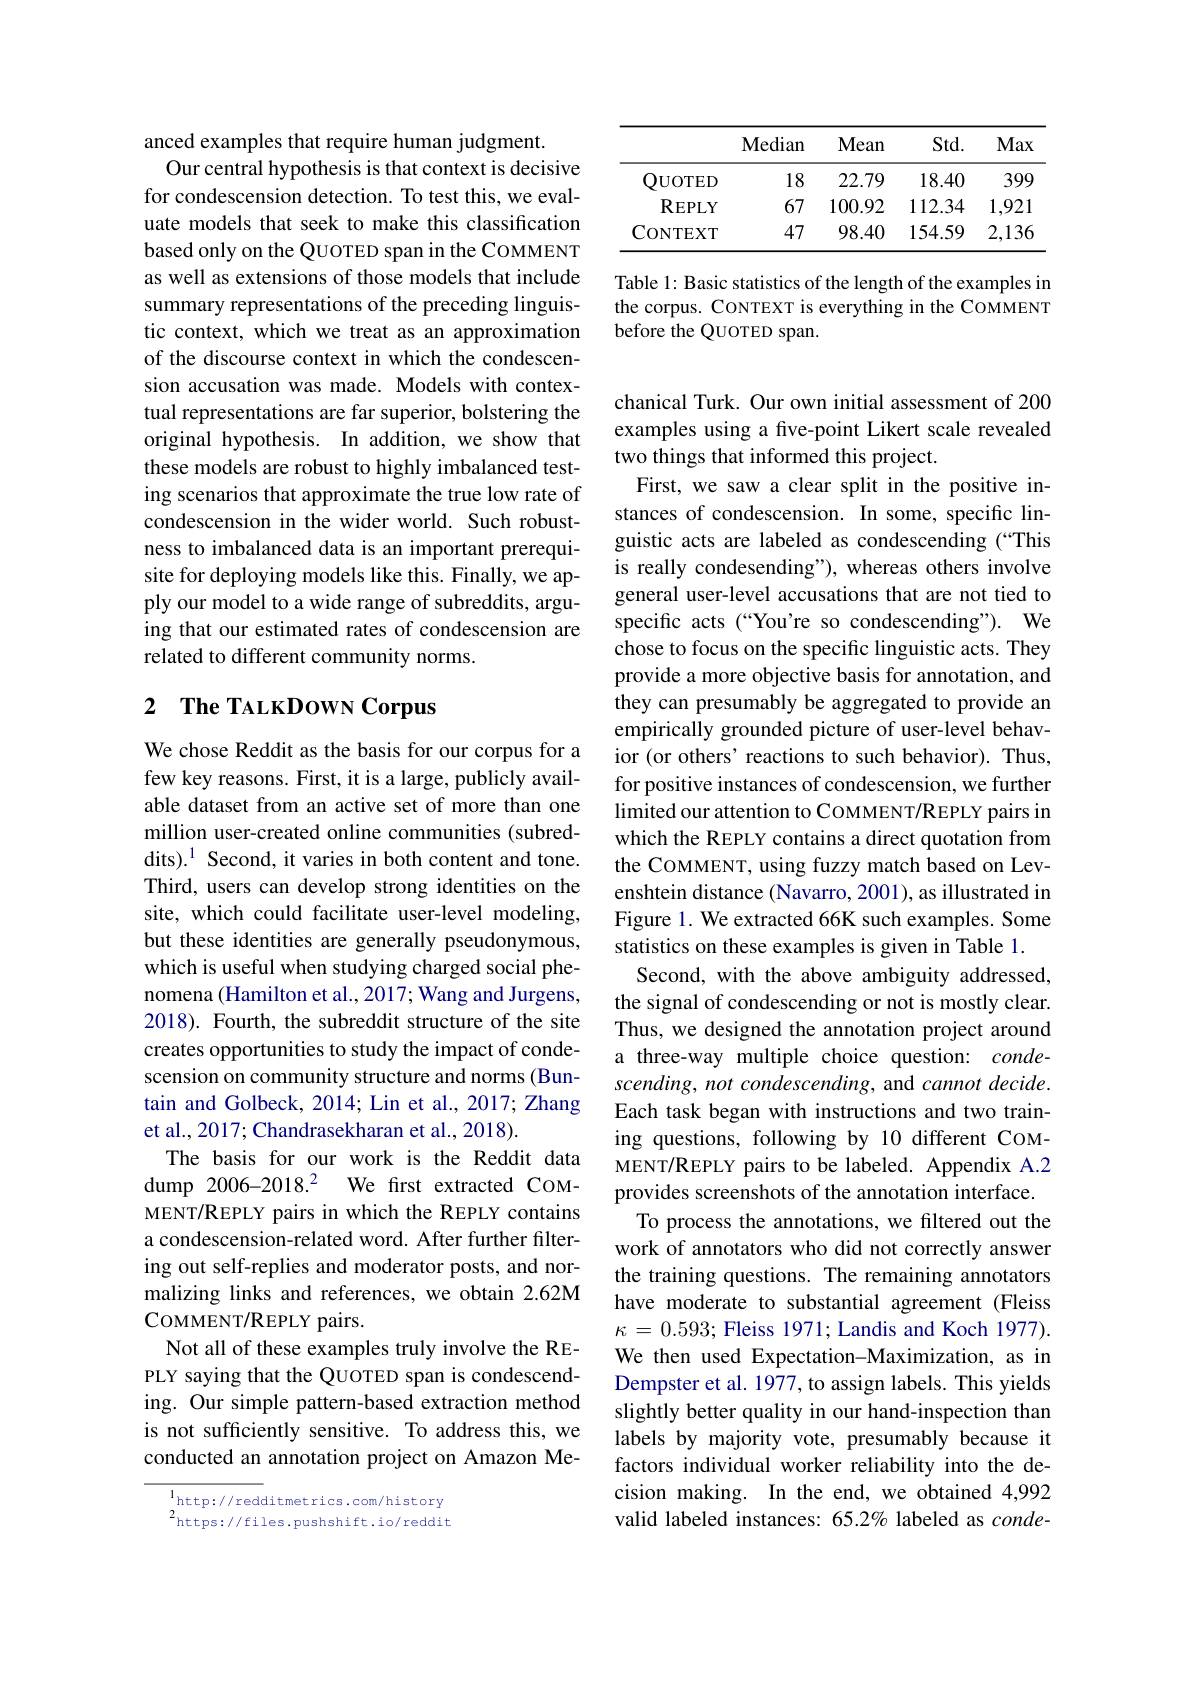
anced examples that require human judgment.
Our central hypothesis is that context is decisive for condescension detection. To test this, we evaluate models that seek to make this classification based only on the QUOTED span in the COMMENT as well as extensions of those models that include summary representations of the preceding linguistic context, which we treat as an approximation of the discourse context in which the condescension accusation was made. Models with contextual representations are far superior, bolstering the original hypothesis. In addition, we show that these models are robust to highly imbalanced testing scenarios that approximate the true low rate of condescension in the wider world. Such robustness to imbalanced data is an important prerequisite for deploying models like this. Finally, we apply our model to a wide range of subreddits, arguing that our estimated rates of condescension are related to different community norms.

# 2 The TALKDowN Corpus

We chose Reddit as the basis for our corpus for a few key reasons. First, it is a large, publicly available dataset from an active set of more than one million user-created online communities (subreddits).$^1$ Second, it varies in both content and tone. Third, users can develop strong identities on the site, which could facilitate user-level modeling, but these identities are generally pseudonymous, which is useful when studying charged social phenomena (Hamilton et al., 2017; Wang and Jurgens, 2018). Fourth, the subreddit structure of the site creates opportunities to study the impact of condescension on community structure and norms (Buntain and Golbeck, 2014; Lin et al., 2017; Zhang et al., 2017; Chandrasekharan et al., 2018).
The basis for our work is the Reddit data dump 2006-2018.2 We first extracted COMMENT/REPLY pairs in which the REPLY contains a condescension-related word. After further filtering out self-replies and moderator posts, and normalizing links and references, we obtain 2.62M COMMENT/REPLY pairs.
Not all of these examples truly involve the REPLY saying that the QUOTED span is condescending. Our simple pattern-based extraction method is not sufficiently sensitive. To address this, we conducted an annotation project on Amazon Me-

$\overset{1}{\operatorname*{\operatorname*{,}}}$http://redditmetrics.com/history $^{2}$https://files.pushshift.io/reddit

<table>
	<tbody>
		<tr>
			<th> </th>
			<th>Median</th>
			<th>Mean</th>
			<th>$Std.$</th>
			<th>Max</th>
		</tr>
		<tr>
			<td>QUOTED</td>
			<td>18</td>
			<td>22.79</td>
			<td>18.40</td>
			<td>399</td>
		</tr>
		<tr>
			<td>$\mathbf{R}_{\mathrm{EPLY}}$</td>
			<td>67</td>
			<td>100.92</td>
			<td>112.34</td>
			<td>1,921</td>
		</tr>
		<tr>
			<td>CONTEXT</td>
			<td>47</td>
			<td>98.40</td>
			<td>154.59</td>
			<td>2,136</td>
		</tr>
	</tbody>
</table>

Table 1: Basic statistics of the length of the examples in the corpus. CONTEXT is everything in the COMMENT before the QUOTED span.

chanical Turk. Our own initial assessment of 200 examples using a five-point Likert scale revealed two things that informed this project.
First, we saw a clear split in the positive instances of condescension. In some, specific linguistic acts are labeled as condescending (“This is really condesending"), whereas others involve general user-level accusations that are not tied to specific acts (“You're so condescending"). We chose to focus on the specific linguistic acts. They provide a more objective basis for annotation, and they can presumably be aggregated to provide an empirically grounded picture of user-level behavior (or others' reactions to such behavior). Thus, for positive instances of condescension, we further limited our attention to COMMENT/REPLY pairs in which the REPLY contains a direct quotation from the COMMENT, using fuzzy match based on Levenshtein distance (Navarro, 2001), as illustrated in Figure 1. We extracted 66K such examples. Some statistics on these examples is given in Table 1.
Second, with the above ambiguity addressed, the signal of condescending or not is mostly clear. Thus, we designed the annotation project around a three-way multiple choice question: condescending, not condescending, and cannot decide. Each task began with instructions and two training questions, following by 10 different COMMENT/REPLY pairs to be labeled. Appendix A.2 provides screenshots of the annotation interface.
To process the annotations, we filtered out the work of annotators who did not correctly answer the training questions. The remaining annotators have moderate to substantial agreement (Fleiss $\kappa=0.593;$ Fleiss 1971; Landis and Koch 1977). We then used Expectation-Maximization, as in Dempster et al. 1977, to assign labels. This yields slightly better quality in our hand-inspection than labels by majority vote, presumably because it factors individual worker reliability into the decision making. In the end, we obtained 4,992 valid labeled instances: 65.2% labeled as $conde-$